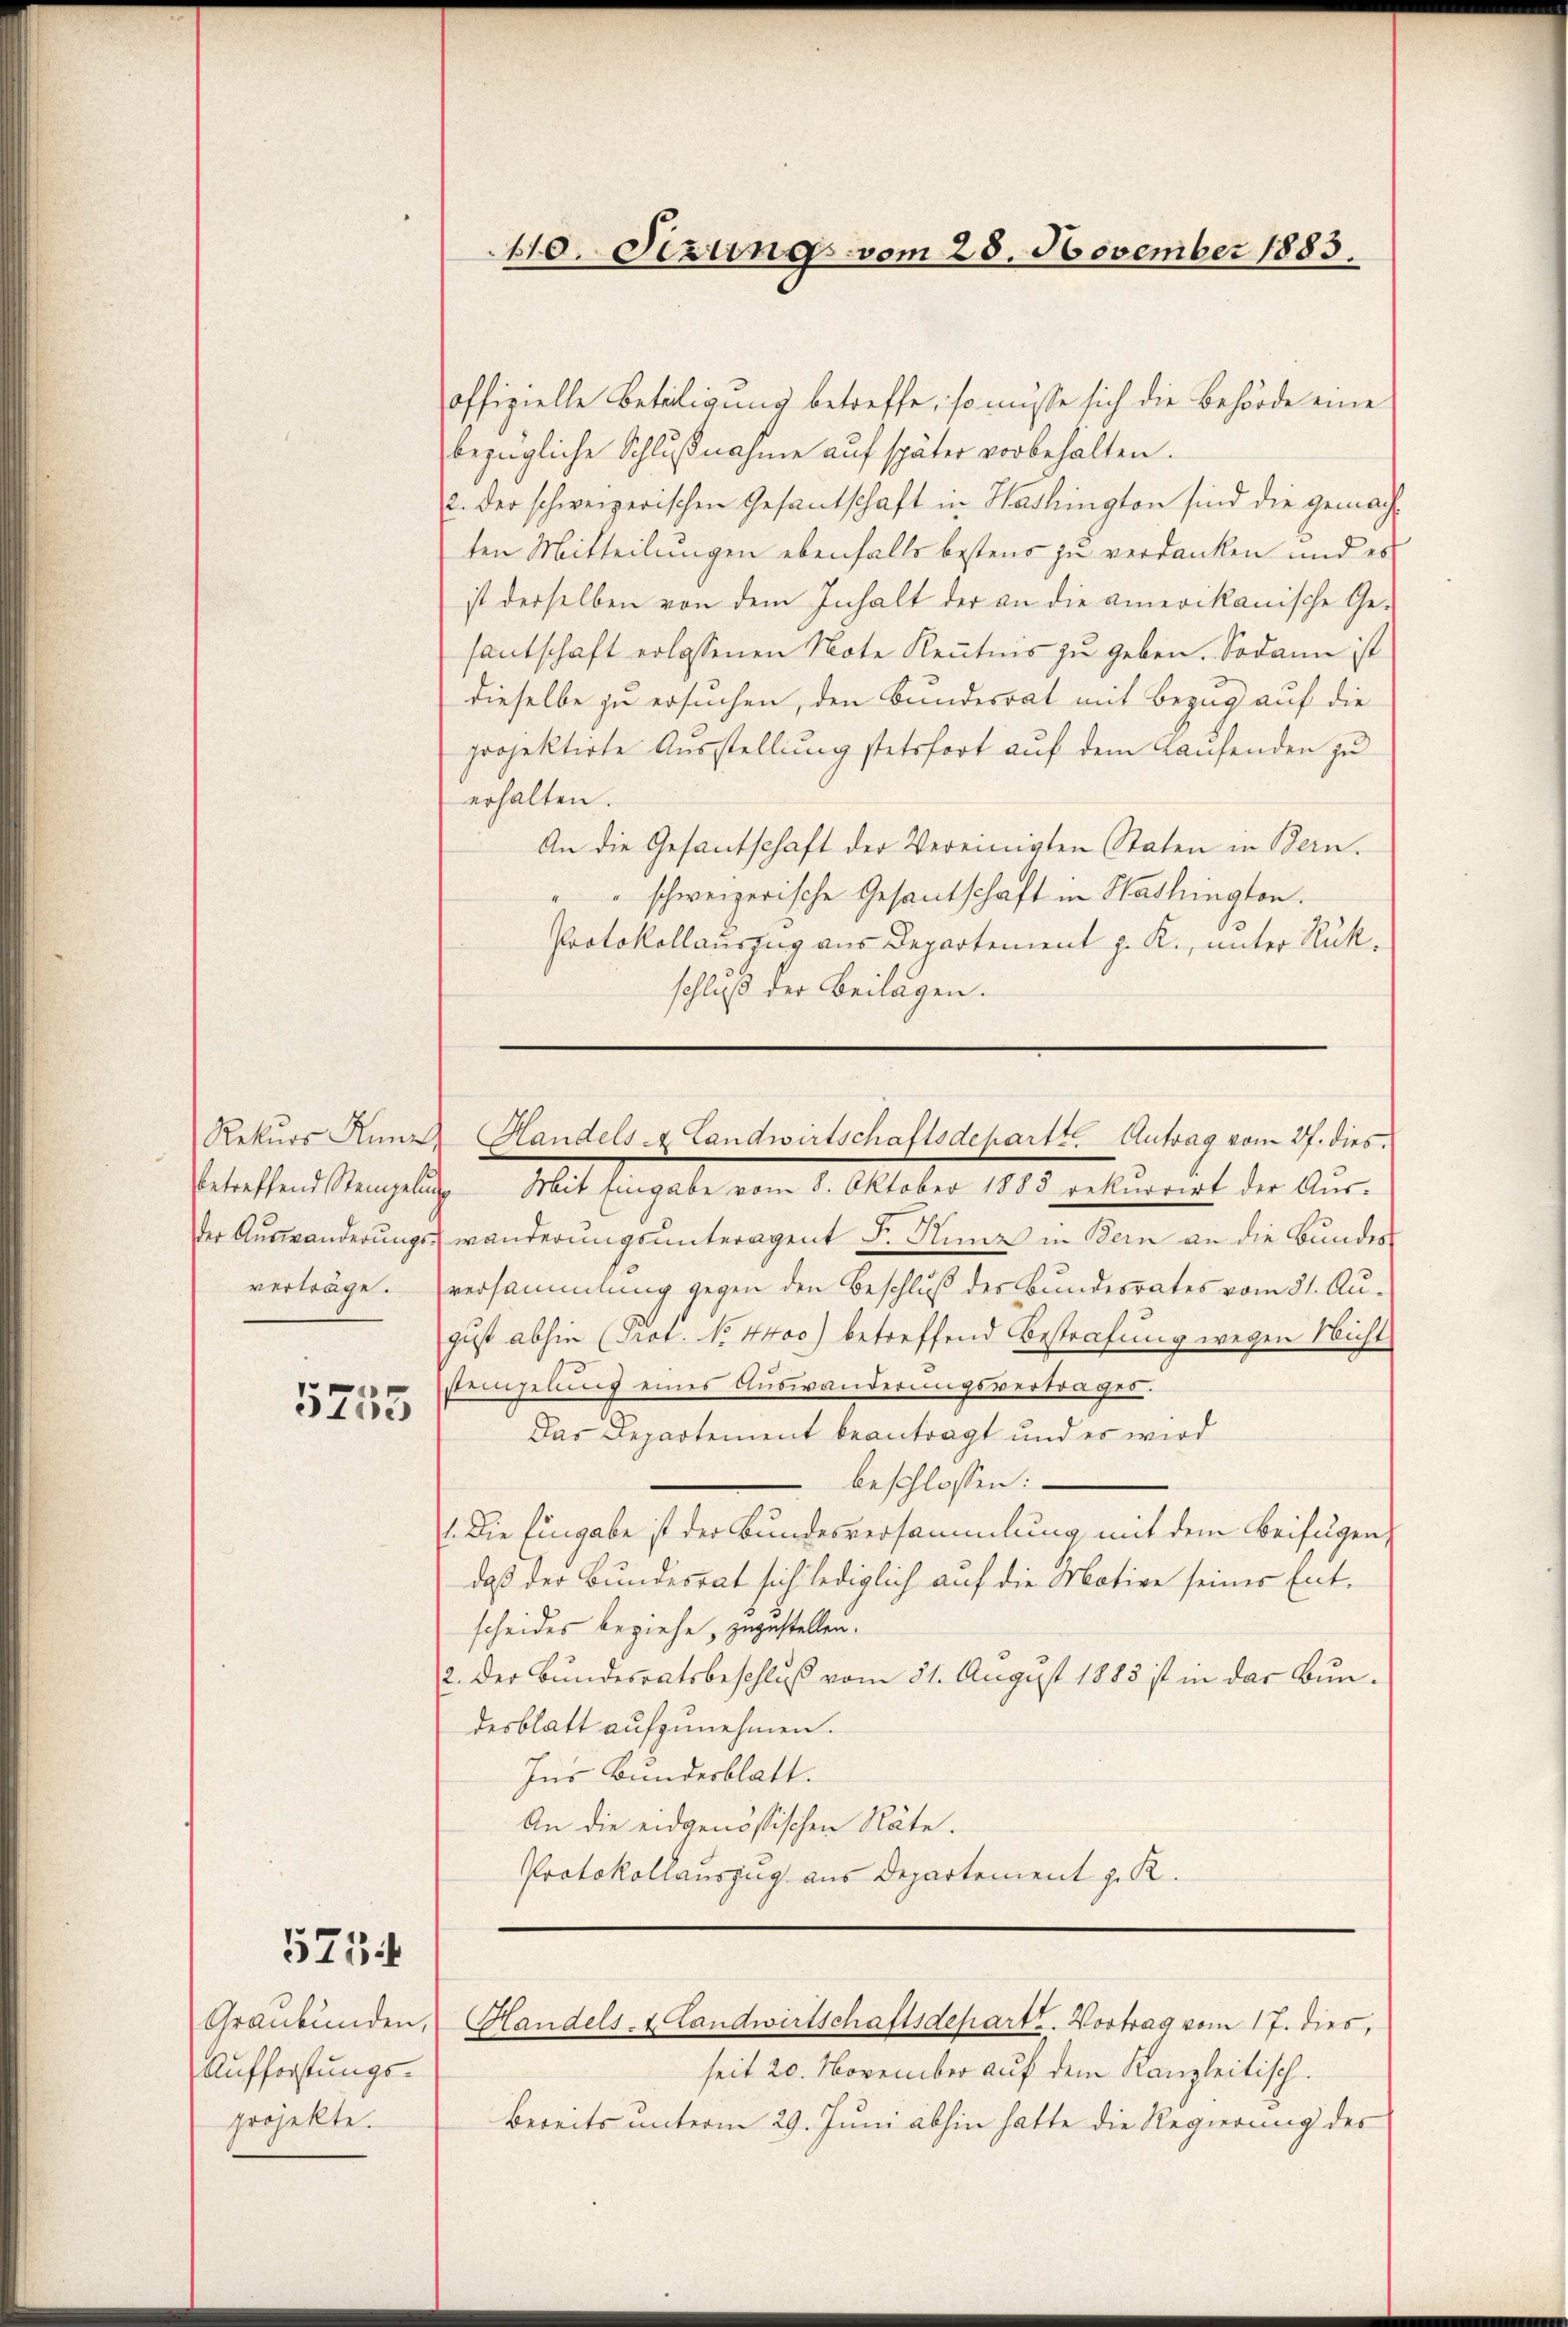
5755

5754

offizielle Betätigung betreffe, so müsse sich die Behörde eine
bezügliche Schlußnahme auf später vorbehalten.
2. der schweizerischen Gesantschaft in Washington sind die gemachten Mitteilungen ebenfalls bestens zu verdanken und es
ist derselben von dem Inhalt der an die amerikanische Ge-
fantschaft erlassenen Note Kenntnis zu geben. Sodann ist
dieselbe zu ersuchen, den Bundesrat mit Bezug auf die
projektirte Ausstellung stetsfort auf dem Kaufenden zu
erhalten.
An die Gesantschaft der Vereinigten Staten in Bern.
"" schweizerische Gesantschaft in Washington.
Protokollauszug aus Departement z. R., unter Rückschluß der Beilagen.

Aufforstungsprojekte.

410. Sezung vom 28. November 1883.

der Auswanderungswänderungsunteragent Fr. Nunz in Bern an die Bundes
verträge. versammlung gegen den Beschluß des Bundesrates vom 31. August abhin (Prot. No. 4400) betreffend Bestrafung wegen Nicht
steinzelung eines Auswanderungsvertrages.
Das Departement beantragt und es wird
beschlossen:
.Die Eingabe ist der Bundesversammlung mit dem Beifügen,
daß der Bundesrat sich lediglich auf die Motive seines Entscheides beziehe, zuzustellen.
2. Der Bundesratsbeschluß vom 31. August 1883 ist in der Bundesblatt aufzunehmen.
Ins Bundesblatt.
An die eidgenössischen Räte.
Protokollauszug aus Departement z. R.

Rekŭrs Anna Handels- & Landwirtschaftsdepartt. Antrag vom 27. dies
betreffend Stempelung Mit Eingabe vom 8. Oktober 1883 rekurrirt der Aŭs-

Graubünden, Handels- & Landwirtschaftsdepart. Vortrag vom 17. dies,

seit 20. November auf dem Kanzleitisch.
Bereits unterm 29. Juni abhin hatte die Regierung des